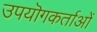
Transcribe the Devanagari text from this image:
उपयॊगकर्ताओं